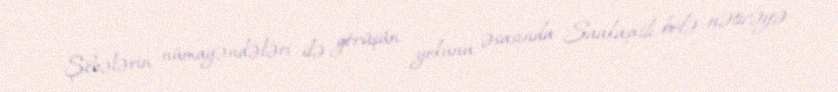
Şöbələrin nümayəndələri ilə görüşün yekunu əsasında Saakaşvili belə nəticəyə